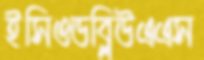
ইসিওডব্লিউএএস